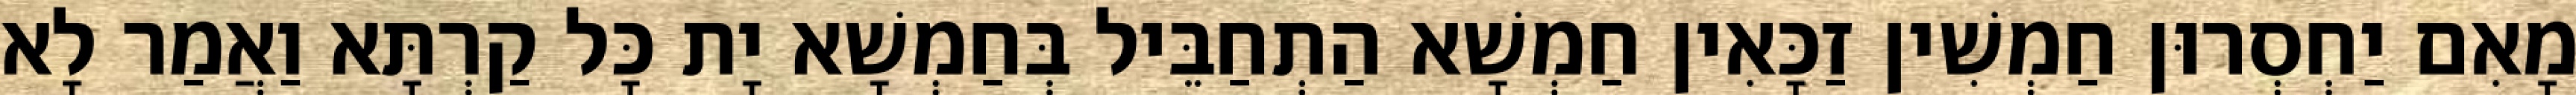
מָאִם יַחְסְרוּן חַמְשִׁין זַכָּאִין חַמְשָׁא הַתְחַבֵּיל בְּחַמְשָׁא יָת כָּל קַרְתָּא וַאֲמַר לָא